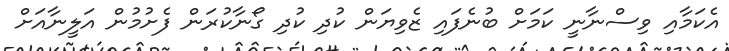
އެކަމާއި ވިސްނާނީ ކަމަށް ބުނެފައި ޒެވިޔަން ކުދި ކުދި ގޯނާކުރަން ފެށުމުން އަލީނާއަށް